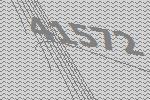
41572